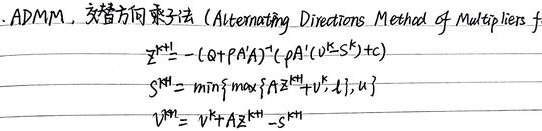
ADMM，交替方向乘子法（Alternating Directions Method of Multipliers）
\[
\begin{align*}
Z^{k + 1}&=-(Q + PA'A)^{-1}(\rho A'(v^{k}-s^{k})+c)\\
S^{k+1}&=\min_{s}\left\{\max_{\lambda}\{A Z^{k + 1}+v^{k}\lambda\}\right\}\\
v^{k+1}&=v^{k}+A Z^{k + 1}-s^{k+1}
\end{align*}
\]